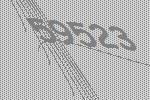
59523